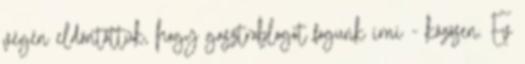
végén eldöntöttük, hogy gasztroblogot fogunk írni - közösen. Év